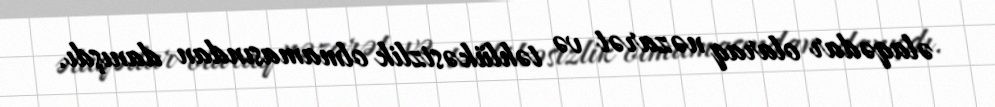
əlaqədar olaraq nəzarət və təhlükəsizlik olmamasından danışdı.